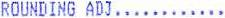
ROUNDING ADJ............